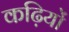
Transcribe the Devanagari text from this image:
कढ़ियों